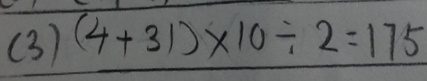
( 3 ) ( 4 + 3 1 ) \times 1 0 \div 2 = 1 7 5